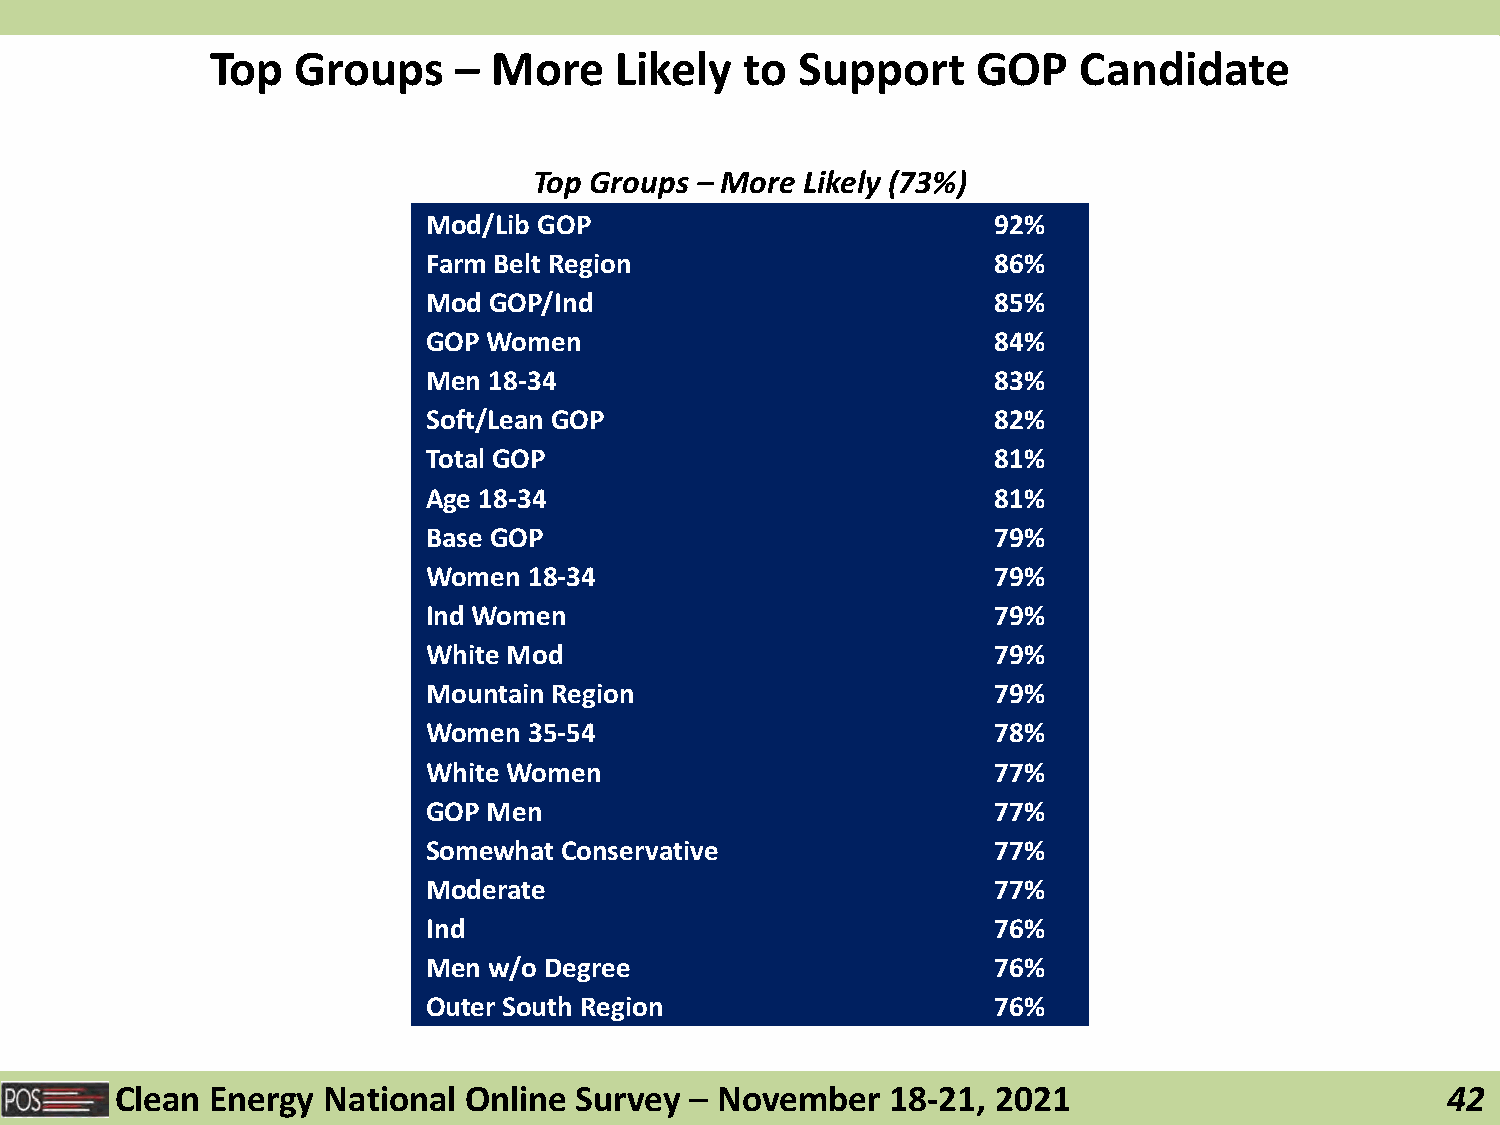
Top   Groups    –  More    Likely  to  Support     GOP   Candidate
 Top Groups – More Likely (73%)
 Mod/Lib GOP                           92%
 Farm Belt Region                      86%
 Mod GOP/Ind                           85%
 GOP Women                             84%
 Men 18-34                             83%
 Soft/Lean GOP                         82%
 Total GOP                             81%
 Age 18-34                             81%
 Base GOP                              79%
 Women  18-34                          79%
 Ind Women                             79%
 White Mod                             79%
 Mountain Region                       79%
 Women  35-54                          78%
 White Women                           77%
 GOP Men                               77%
 Somewhat Conservative                 77%
 Moderate                              77%
 Ind                                   76%
 Men w/o Degree                        76%
 Outer South Region                    76%
 Clean Energy National  Online Survey  – November   18-21, 2021                          42